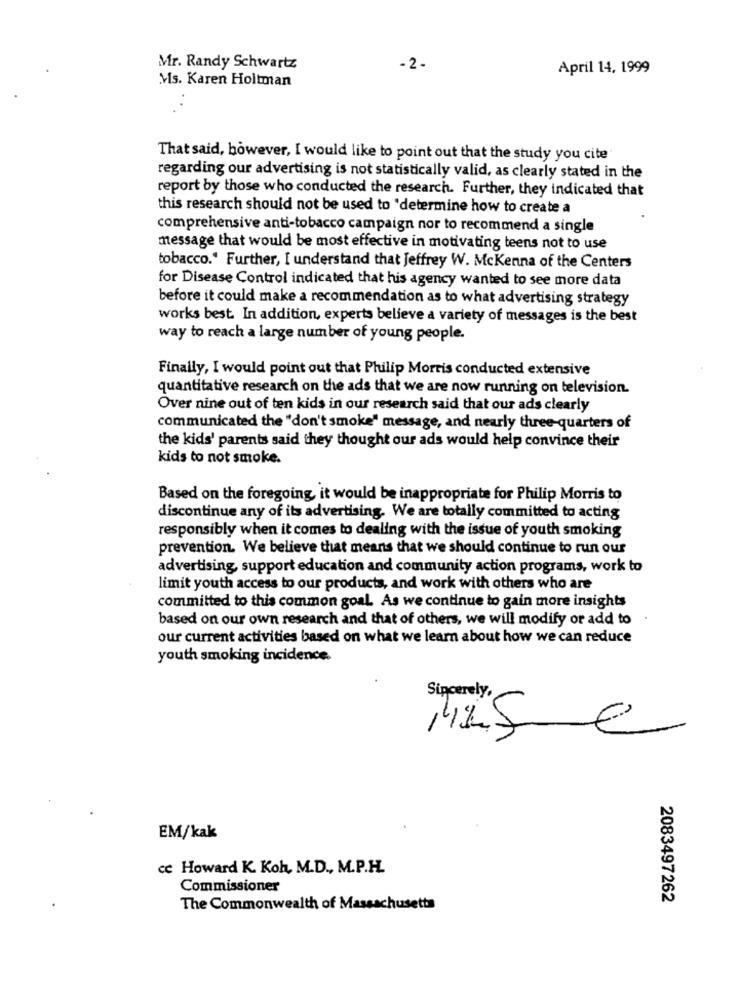
Mr. Randy Schwartz
-2-
April 14, 1999
Ms. Karen Holtman
That said, however, I would like to point out that the study you cite
regarding our advertising is not statistically valid, as clearly stated in the
report by those who conducted the research. Further, they indicated that
this research should not be used to "determine how to create a
comprehensive anti-tobacco campaign nor to recommend a single
message that would be most effective in motivating teens not to use
tobacco." Further, I understand that Jeffrey W. McKenna of the Centers
for Disease Control indicated that his agency wanted to see more data
before it could make a recommendation as to what advertising strategy
works best. In addition, experts believe a variety of messages is the best
way to reach a large number of young people.
Finally, I would point out that Philip Morris conducted extensive
quantitative research on the ads that we are now running on television.
Over nine out of ten kids in our research said that our ads clearly
communicated the "don't smoke" message, and nearly three-quarters of
the kids' parents said they thought our ads would help convince their
kids to not smoke.
Based on the foregoing, it would be inappropriate for Philip Morris to
discontinue any of its advertising. We are totally committed to acting
responsibly when it comes to dealing with the issue of youth smoking
prevention. We believe that means that we should continue to run our
advertising, support education and community action programs, work to
limit youth access to our products, and work with others who are
committed to this common goal. As we continue to gain more insights
based on our own research and that of others, we will modify or add to
our current activities based on what we learn about how we can reduce
youth smoking incidence.
Sincerely,
1425 €
EM/kak
cc Howard K. Koh, M.D ., M.P.H.
Commissioner
2083497262
The Commonwealth of Massachusetts